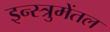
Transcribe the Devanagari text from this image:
इन्स्त्रुमेंतल